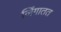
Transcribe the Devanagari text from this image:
लिंगातत